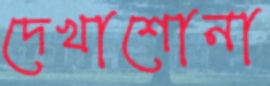
দেখাশোনা